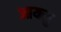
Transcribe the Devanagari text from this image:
आयसु